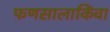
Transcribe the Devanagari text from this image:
फणसालाकिंवा